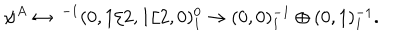
\psi ^ { A } \leftrightarrow \ ^ { - 1 } ( 0 , 1 / 2 , 1 / 2 , 0 ) _ { 1 } ^ { 0 } \rightarrow ( 0 , 0 ) _ { 1 } ^ { - 1 } \oplus ( 0 , 1 ) _ { 1 } ^ { - 1 } .